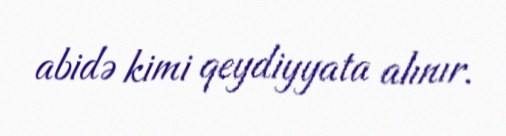
abidə kimi qeydiyyata alınır.